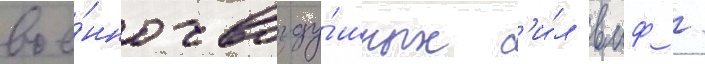
вое́нно-возду́шных с'и́л вмф /